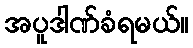
အပူဒါဏ်ခံရမယ်။